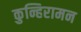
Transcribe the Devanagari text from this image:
कुन्हिरामन